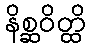
နိစ္ဆဝိတ္ထိ